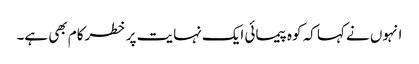
انہوں نے کہا کہ کوہ پیمائی ایک نہایت پر خطر کام بھی ہے۔